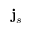
{ \bf j } _ { s }